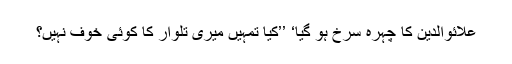
علائوالدین کا چہرہ سرخ ہو گیا‘ ’’کیا تمہیں میری تلوار کا کوئی خوف نہیں؟